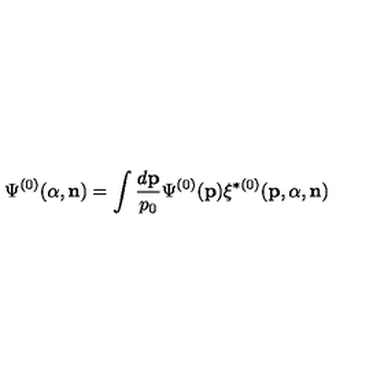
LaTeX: \Psi ^ { ( 0 ) } ( { \alpha } , { \bf n } ) = \int \frac { d { \bf p } } { p _ { 0 } } \Psi ^ { ( 0 ) } ( { \bf p } ) \xi ^ { \ast ( 0 ) } ( { \bf p } , { \alpha } , { \bf n } )